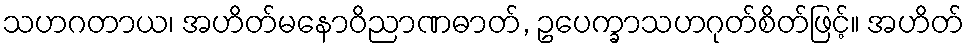
သဟဂတာယ၊ အဟိတ်မနောဝိညာဏဓာတ်, ဥပေက္ခာသဟဂုတ်စိတ်ဖြင့်။ အဟိတ်